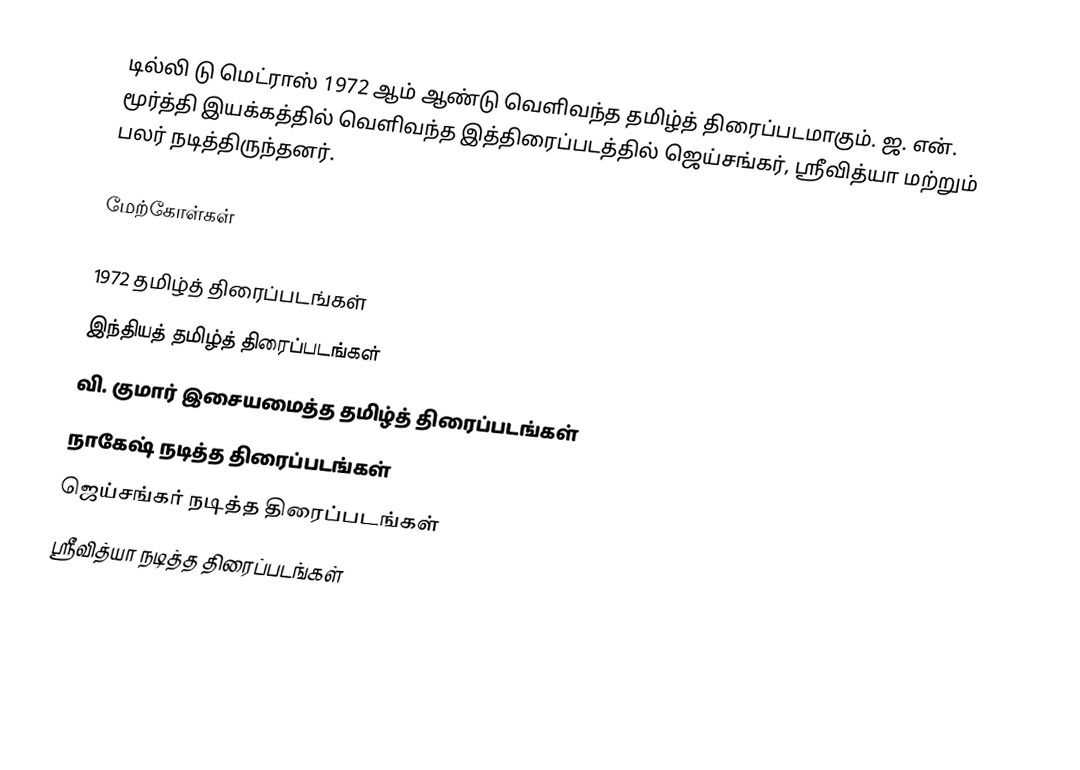
டில்லி டு மெட்ராஸ் 1972 ஆம் ஆண்டு வெளிவந்த தமிழ்த் திரைப்படமாகும். ஜ. என். மூர்த்தி இயக்கத்தில் வெளிவந்த இத்திரைப்படத்தில் ஜெய்சங்கர், ஸ்ரீவித்யா மற்றும் பலர் நடித்திருந்தனர்.

மேற்கோள்கள்

1972 தமிழ்த் திரைப்படங்கள்
இந்தியத் தமிழ்த் திரைப்படங்கள்
வி. குமார் இசையமைத்த தமிழ்த் திரைப்படங்கள்
நாகேஷ் நடித்த திரைப்படங்கள்
ஜெய்சங்கர் நடித்த திரைப்படங்கள்
ஸ்ரீவித்யா நடித்த திரைப்படங்கள்